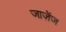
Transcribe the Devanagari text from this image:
जाज़ेंज